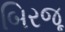
બિરજૂ